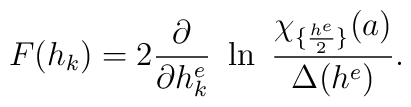
F(h_k)=2{\partial \over \partial h^e_k}~\ln\ {\chi_{\{{h^e\over2}\}}(a)\over \Delta(h^e)}.